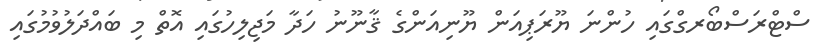
ސްޓްރަސްބޯރގްގައި ހުންނަ ޔޫރަޕިއަން ޔޫނިއަންގެ ޤާނޫނު ހަދާ މަޖިލިހުގައި އޮތް މި ބައްދަލުވުމުގައި